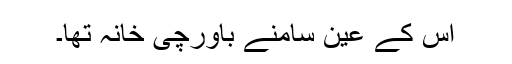
اس کے عین سامنے باورچی خانہ تھا۔